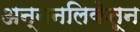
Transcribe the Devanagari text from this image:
अन्ननलिकेतून